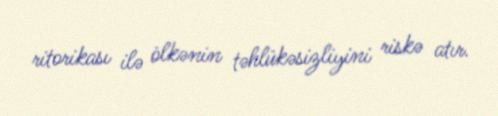
ritorikası ilə ölkənin təhlükəsizliyini riskə atır.